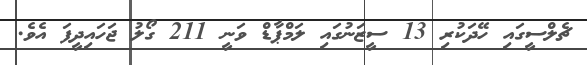
ޗެލްސީގައި ހޭދަކުރި 13 ސީޒަނުގައި ލަމްޕާޑް ވަނީ 211 ގޯލު ޖަހައިދީފަ އެވެ.